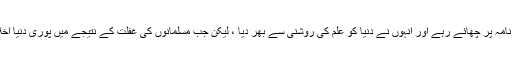
مسلمانوں نے جب تک اس حقیقت کو فراموش نہیں کیا وہ دنیا کے منظرنامہ پر چھائے رہے اور انہوں نے دنیا کو علم کی روشنی سے بھر دیا ، لیکن جب مسلمانوں کی غفلت کے نتیجے میں پوری دنیا اخلاقی بحران کاشکار ہوگئ تو عالم اسلام خاص طور پر اس سے متاثر ہوا۔